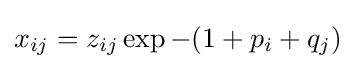
x_{ij}=z_{ij}\exp -(1+p_{i}+q_{j})